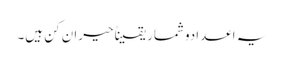
یہ اعدادوشمار یقیناً حیران کن ہیں۔